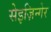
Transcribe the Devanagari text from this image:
सेइज़िन्गेर